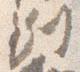
別